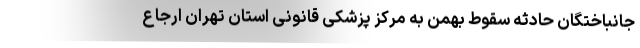
جانباختگان حادثه سقوط بهمن به مرکز پزشکی قانونی استان تهران ارجاع